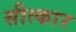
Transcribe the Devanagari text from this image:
सीत्कार